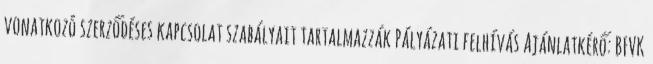
vonatkozó szerződéses kapcsolat szabályait tartalmazzák Pályázati felhívás Ajánlatkérő: BFVK